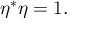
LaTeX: \eta ^ { * } \eta = 1 .